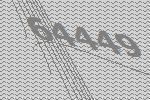
64449